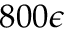
8 0 0 \epsilon